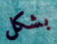
بشكل